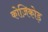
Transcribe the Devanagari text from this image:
कोज़िकोड़